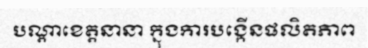
បណ្តាខេត្តនានា ក្នុងការបង្កើនផលិតភាព